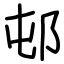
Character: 邨